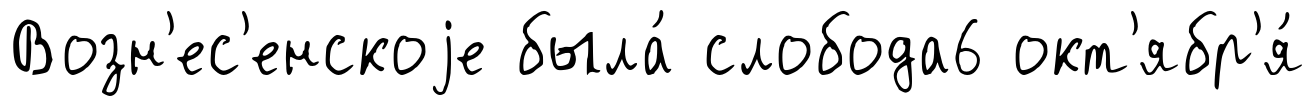
Возн'ес'енскоjе была́ слобода6 окт'ябр'я́